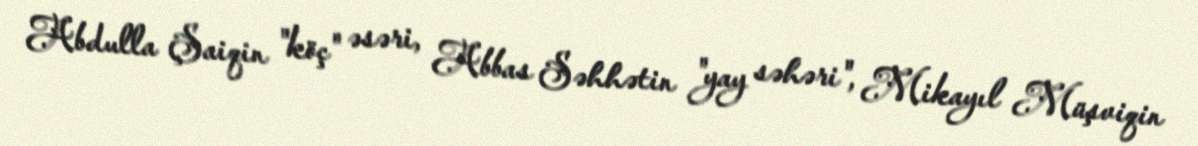
Abdulla Şaiqin "köç" əsəri, Abbas Səhhətin "yay səhəri", Mikayıl Müşviqin